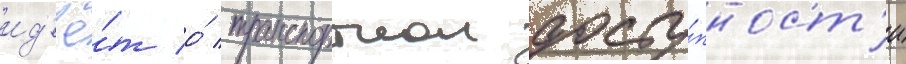
ид'ё́т о́ транспортнои досту́пност'и